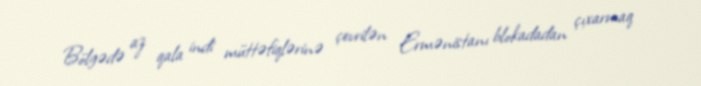
Bölgədə az qala indi müttəfiqlərinə çevrilən Ermənistanı blokadadan çıxarmaq